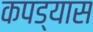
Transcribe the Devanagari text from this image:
कपड्यास